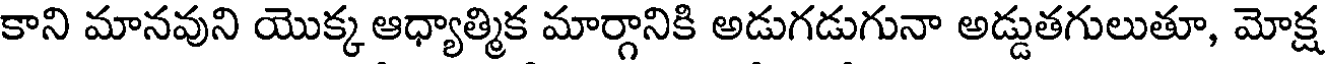
కాని మానవుని యొక్క ఆధ్యాత్మిక మార్గానికి అడుగడుగునా అడ్డుతగులుతూ, మోక్ష